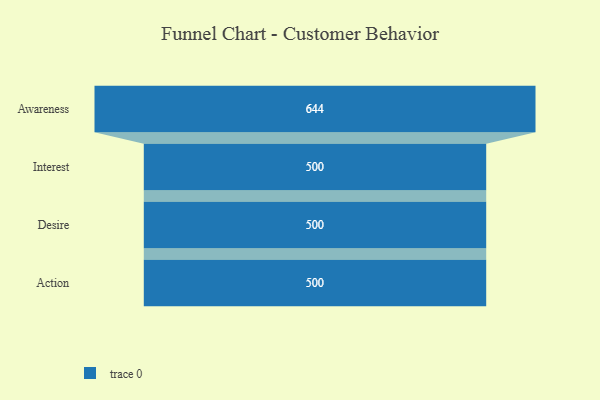
{"axis": {"x": "Stage", "y": "Value"}, "legend": [""], "data": [{"x": "Awareness", "y": 644.0, "type": ""}, {"x": "Interest", "y": 500, "type": ""}, {"x": "Desire", "y": 500, "type": ""}, {"x": "Action", "y": 500, "type": ""}]}